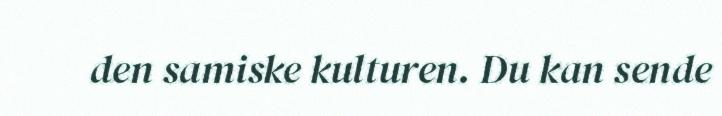
den samiske kulturen. Du kan sende